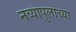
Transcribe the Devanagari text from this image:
नव्यापुलाच्या